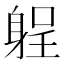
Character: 𨉑